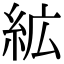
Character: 絋